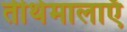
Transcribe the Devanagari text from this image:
तीर्थमालाएँ